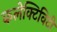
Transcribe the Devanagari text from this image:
कलेक्टिविटी